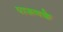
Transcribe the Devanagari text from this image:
पारूणके